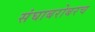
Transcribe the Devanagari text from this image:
संघाबरोबरच